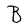
Character: B